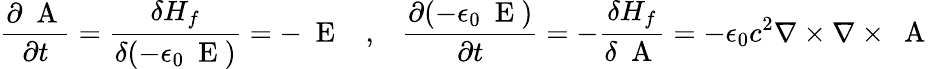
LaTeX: \frac{\partial\mathrm{~\mathbf~A~}}{\partial t}=\frac{\delta H_{f}}{\delta(-\epsilon_{0}\mathrm{~\mathbf~E~})}=-\mathrm{~\mathbf~E~}\; \; \; ,\; \; \; \frac{\partial(-\epsilon_{0}\mathrm{~\mathbf~E~})}{\partial t}=-\frac{\delta H_{f}}{\delta\mathrm{~\mathbf~A~}}=-\epsilon_{0}c^{2}\nabla\times\nabla\times\mathrm{~\mathbf~A~}